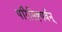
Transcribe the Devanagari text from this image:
परिसिष्टपर्वन्‌